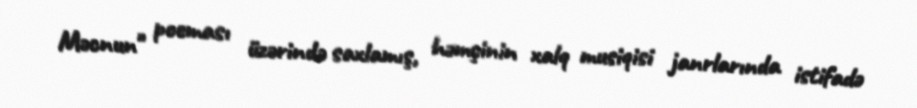
Məcnun" poeması üzərində saxlamış, həmçinin xalq musiqisi janrlarında istifadə